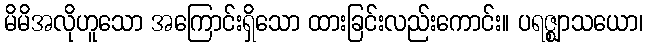
မိမိအလိုဟူသော အကြောင်းရှိသော ထားခြင်းလည်းကောင်း။ ပရဇ္ဈာသယော၊